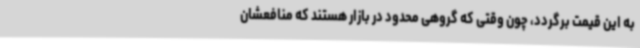
به این قیمت برگردد، چون وقتی که گروهی محدود در بازار هستند که منافعشان